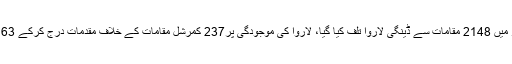
واضح رہے کہ صوبے بھر میں 2148 مقامات سے ڈینگی لاروا تلف کیا گیا، لاروا کی موجودگی پر237 کمرشل مقامات کے خلاف مقدمات درج کرکے 63 افراد گرفتار کر لیے گئے،۔